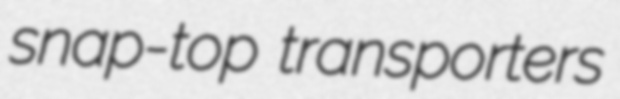
snap-top transporters